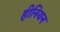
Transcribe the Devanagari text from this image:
हीनियन